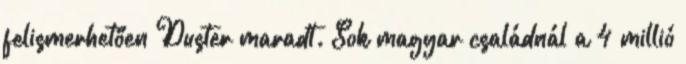
felismerhetően Duster maradt. Sok magyar családnál a 4 millió